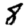
Digit: 8